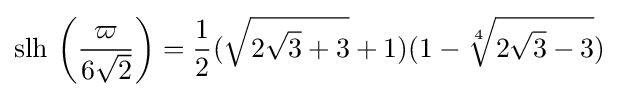
\operatorname {slh} \,\left({\frac {\varpi }{6{\sqrt {2}}}}\right)={\frac {1}{2}}({\sqrt {2{\sqrt {3}}+3}}+1)(1-{\sqrt[{4}]{2{\sqrt {3}}-3}})